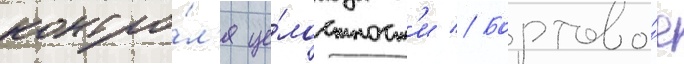
контро́л'я це́лостност'и // Бортово́е